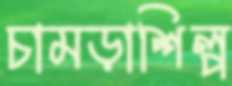
চামড়াশিল্প